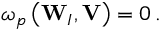
\begin{array} { r } { \omega _ { p } \left( \mathbf { W } _ { I } , \mathbf { V } \right) = 0 \, . } \end{array}